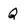
Character: Q